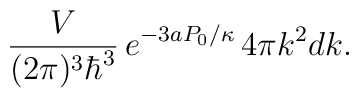
\frac{V}{(2\pi)^3\hbar^3} \,e^{-3aP_0/\kappa}\, 4\pi k^2 dk.